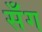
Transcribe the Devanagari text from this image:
सँग